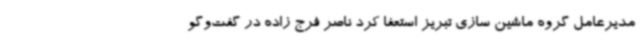
مدیرعامل گروه ماشین سازی تبریز استعفا کرد ناصر فرج زاده در گفت‌وگو